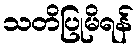
သတိပြုမိရန်